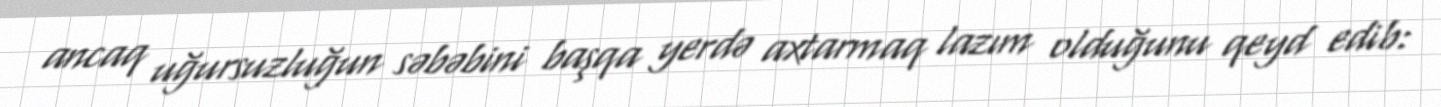
ancaq uğursuzluğun səbəbini başqa yerdə axtarmaq lazım olduğunu qeyd edib: